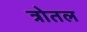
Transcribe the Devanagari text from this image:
त्रोतल